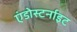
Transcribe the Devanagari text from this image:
एंडोस्टर्नाइट